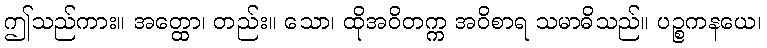
ဤသည်ကား။ အတ္ထော၊ တည်း။ သော၊ ထိုအဝိတက္က အဝိစာရ သမာဓိသည်။ ပဉ္စကနယေ၊